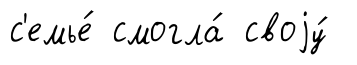
с'емье́ смогла́ своjу́